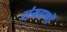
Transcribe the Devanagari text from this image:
संग्रहणों